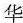
华